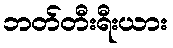
ဘတ်တီးရီးယား